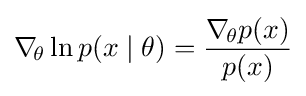
\nabla _{\!\theta }\ln p(x\mid \theta )={\frac {\nabla _{\!\theta }p(x)}{p(x)}}